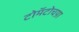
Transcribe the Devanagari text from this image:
टोमॅटोचय़ा